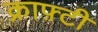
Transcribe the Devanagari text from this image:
क्राफ़्टी